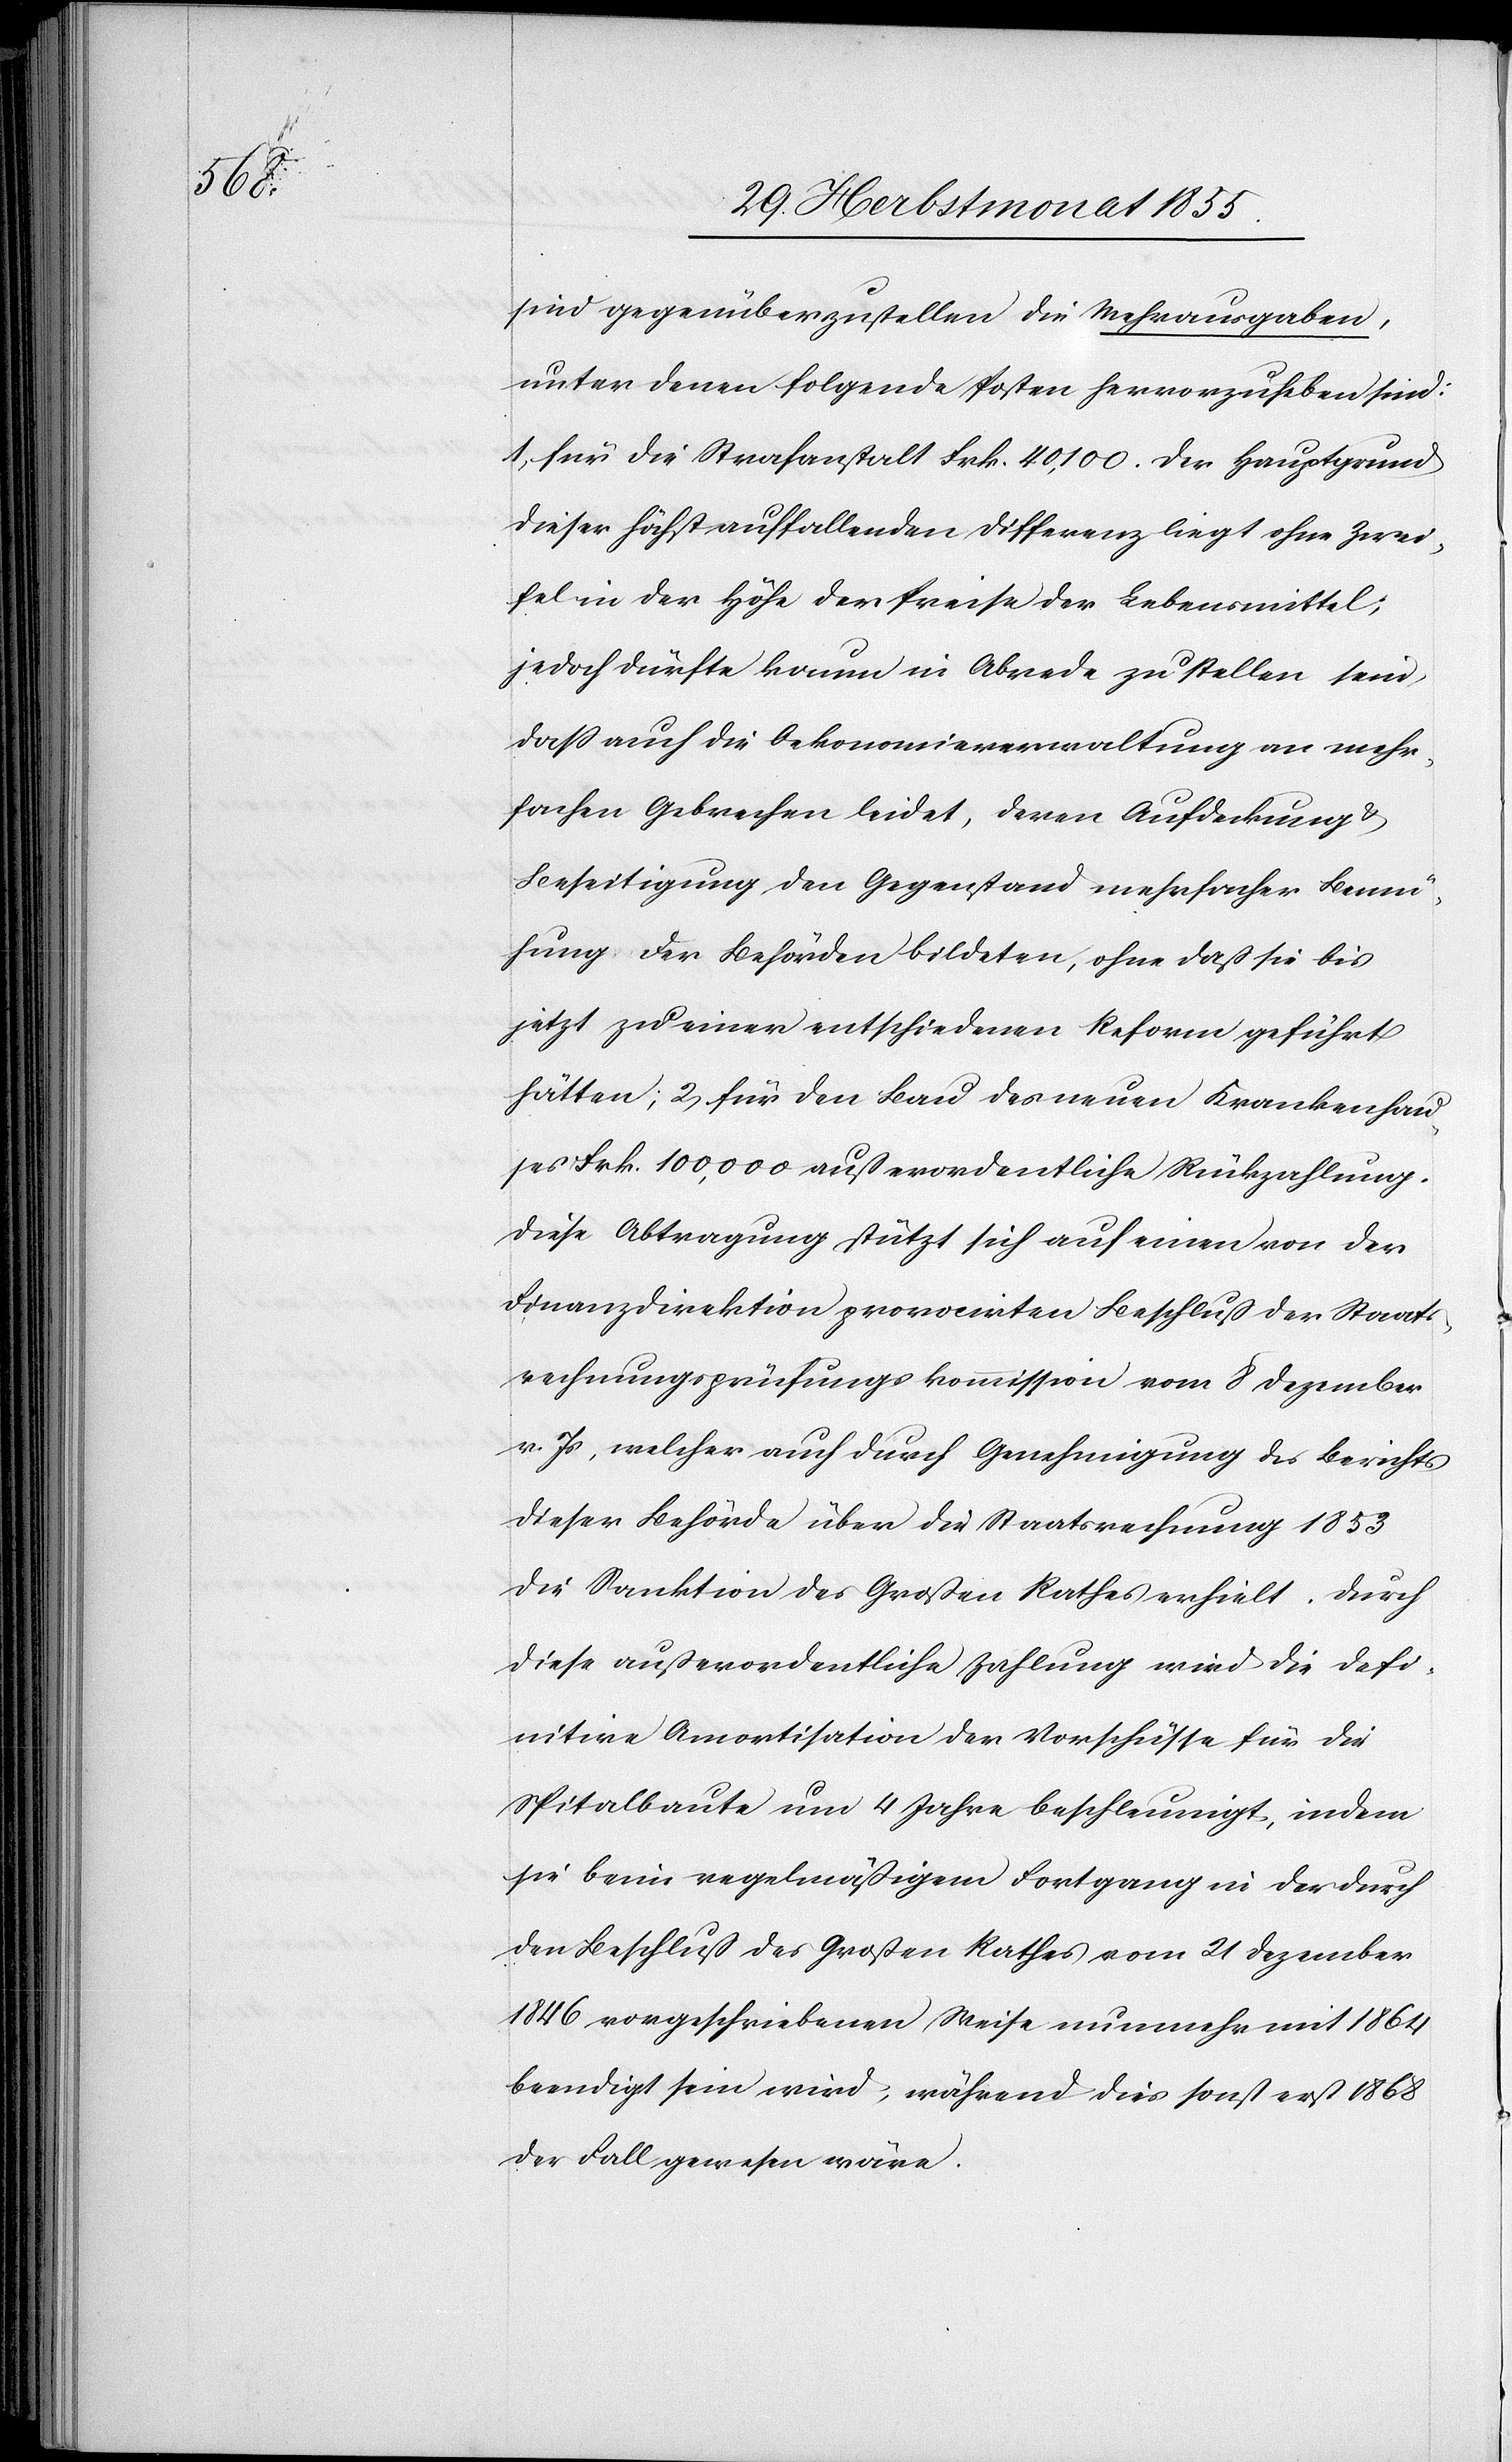
sind gegenüberzustellen die Mehrausgaben,
unter denen folgende Posten hervorzuheben sind:
1, für die Strafanstalt Frk. 40,100. Der Hauptgrund
dieser höchst auffallenden Differenz liegt ohne Zwei¬
fel in der Höhe der Preise der Lebensmittel;
jedoch dürfte kaum in Abrede zu stellen sein,
daß auch die Oekonomieverwaltung an mehr¬
fachen Gebrechen leidet, deren Aufdeckung &
Beseitigung den Gegenstand mehrfacher Bemü¬
hung der Behörden bildeten, ohne daß sie bis
jetzt zu einer entschiedenen Reform geführt
hätten; 2, für den Bau des neuen Krankenhau¬
ses Frk. 100,000 außerordentliche Rückzahlung.
Diese Abtragung stützt sich auf einen von der
Finanzdirektion provocirten Beschluß der Staats¬
rechnungsprüfungskommission vom 8 Dezember
v. Js, welcher auch durch Genehmigung des Berichts
dieser Behörde über die Staatsrechnung 1853
die Sanktion des Großen Rathes erhielt. Durch
diese außerordentliche Zahlung wird die defi¬
nitive Amortisation der Vorschüsse für die
Spitalbaute um 4 Jahre beschleunigt, indem
sie beim regelmäßigem [sic!] Fortgang in der durch
den Beschluß des Großen Rathes vom 21 Dezember
1846 vorgeschriebenen Weise nunmehr mit 1864
beendigt sein wird, während dies sonst erst 1868
der Fall gewesen wäre.